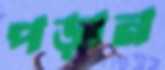
পড়ান